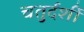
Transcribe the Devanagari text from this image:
चतुर्दर्शी